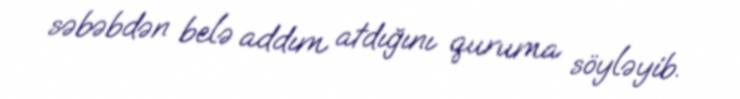
səbəbdən belə addım atdığını quruma söyləyib.